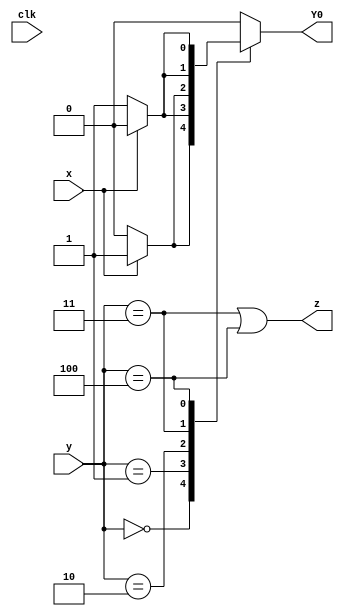
module top_module (
    input clk,
    input [2:0] y,
    input x,
    output Y0,
    output z
);
    
    reg [2:0] Y;
    
    always @(*) begin
        case(y)
            3'b000:	Y = x? 3'b001 : 3'b000;
            3'b001:	Y = x? 3'b100 : 3'b001;
            3'b010:	Y = x? 3'b001 : 3'b010;
            3'b011:	Y = x? 3'b010 : 3'b001;
            3'b100:	Y = x? 3'b100 : 3'b011;
            default:	Y = 3'b000;
        endcase
    end
    
    assign Y0 = Y[0];
    assign z = (y == 3'b011) || (y == 3'b100);

endmodule